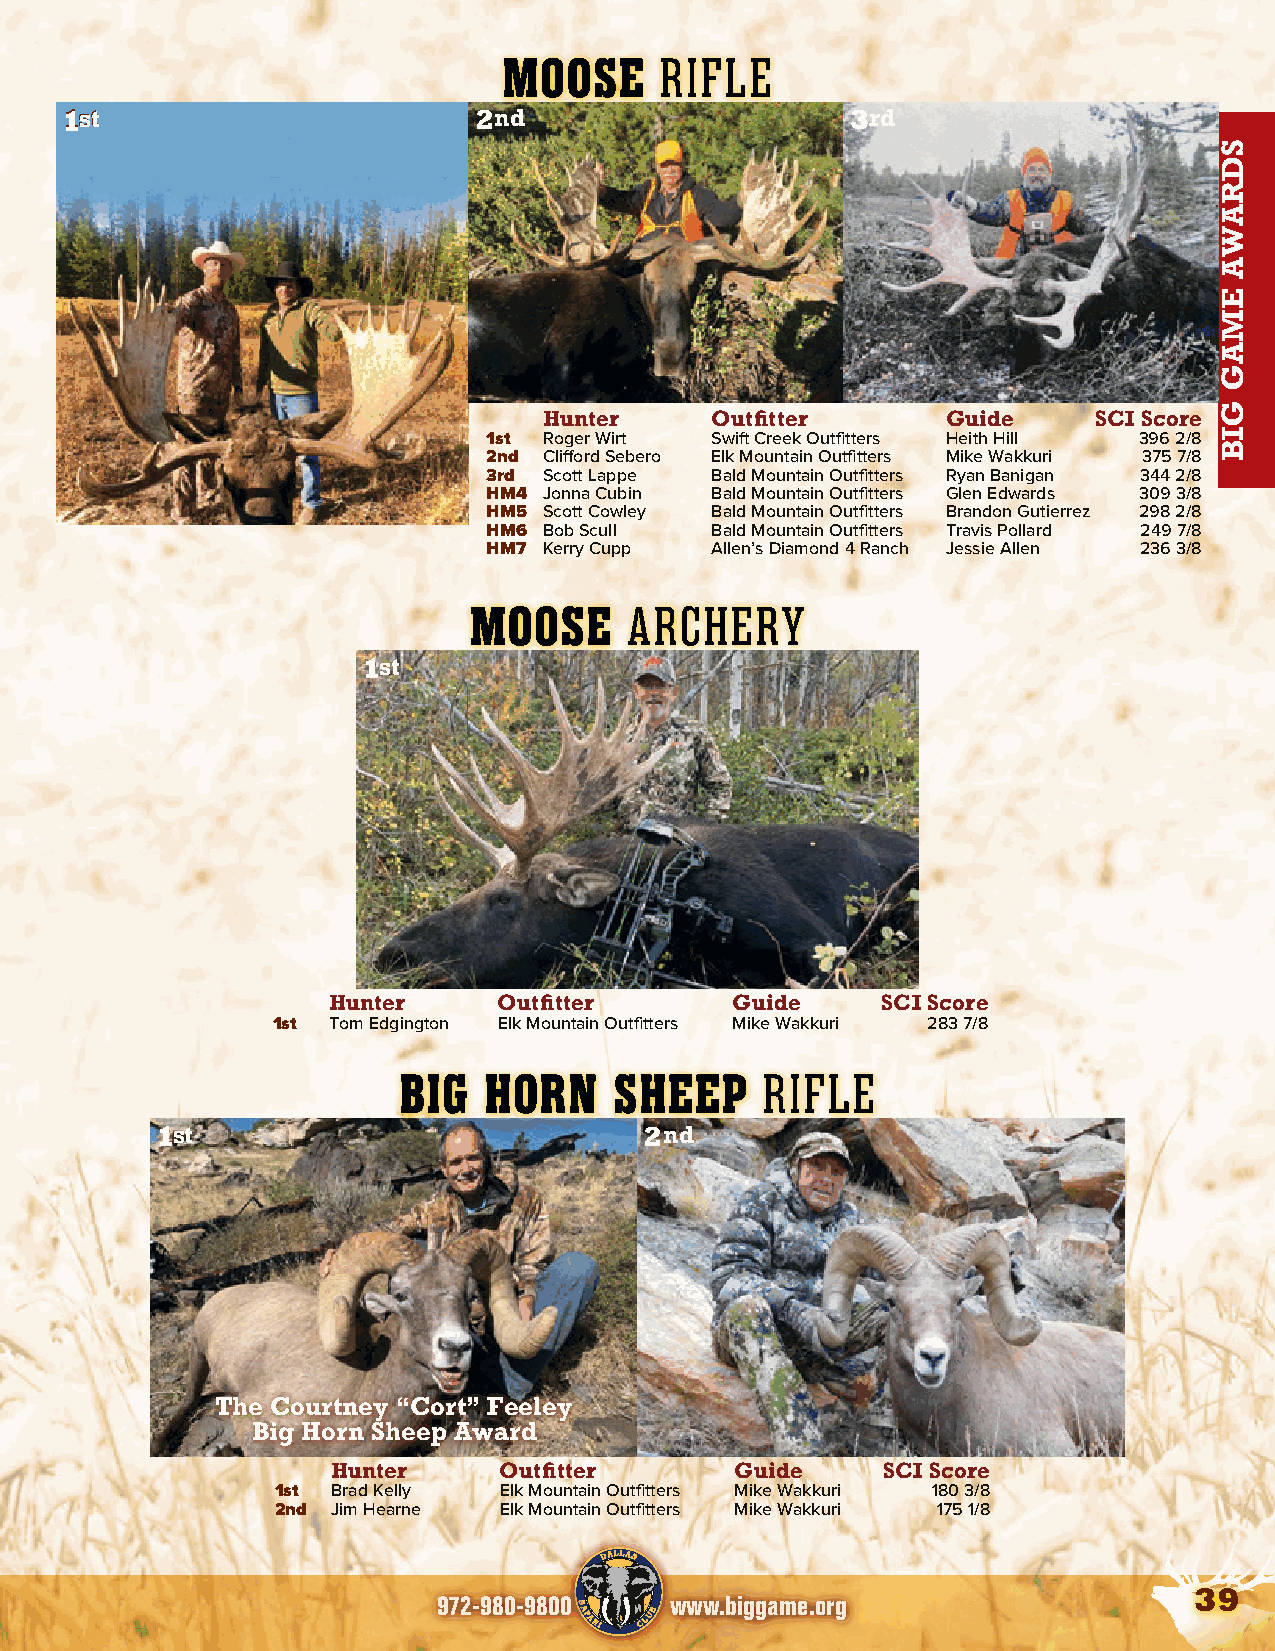
ELK NON-TYPICAL RIFLE            MOOSE      RIFLE
 11sstt                     2nd                      3rd
 Hunter     Outfitter       Guide    SCI Score
 1st Roger Wirt Swift Creek Outfitters Heith Hill 396 2/8
 2nd Clifford Sebero Elk Mountain Outfitters Mike Wakkuri 375 7/8
 3rd Scott Lappe Bald Mountain Outfitters Ryan Banigan 344 2/8
 HM4 Jonna Cubin Bald Mountain Outfitters Glen Edwards 309 3/8
 HM5 Scott Cowley Bald Mountain Outfitters Brandon Gutierrez 298 2/8
 HM6 Bob Scull  Bald Mountain Outfitters Travis Pollard 249 7/8
 HM7 Kerry Cupp Allen’s Diamond 4 Ranch Jessie Allen 236 3/8
 ELK TYPICAL RIFLE
 MOOSE      ARCHERY
 1st
 Hunter     Outfitter      Guide     SCI Score
 1st Tom Edgington Elk Mountain Outfitters Mike Wakkuri 283 7/8
 ELK TYPICAL ARCHERY
 BIG   HORN     SHEEP     RIFLE
 1st                              2nd
 The Courtney “Cort” Feeley
 Big Horn Sheep Award
 Hunter     Outfitter       Guide    SCI Score
 1st Brad Kelly Elk Mountain Outfitters Mike Wakkuri 180 3/8
 2nd Jim Hearne Elk Mountain Outfitters Mike Wakkuri 175 1/8
 39
 972-980-9800   www.biggame.org
 SDRAWA
 EMAG
 GIB